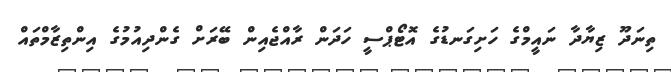
ތިނަދޫ ޒިޔާދާ ނައީމްގެ ހަށިގަނޑުގެ އޮޓޯޕްސީ ހަދަން ރާއްޖެއިން ބޭރަށް ގެންދިއުމުގެ އިންތިޒާމްތައް